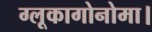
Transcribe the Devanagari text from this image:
ग्लूकागोनोमा।